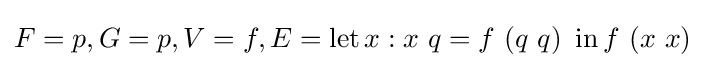
F=p,G=p,V=f,E=\operatorname {let} x:x\ q=f\ (q\ q)\ \operatorname {in} f\ (x\ x)